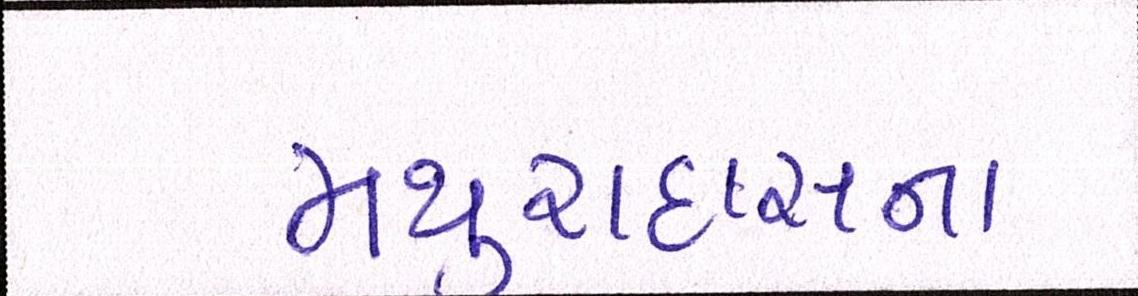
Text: મથુરાદાસના